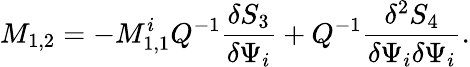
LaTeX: M_{1,2}=-M_{1,1}^{i}Q^{-1}\frac{\delta S_{3}}{\delta\Psi_{i}}+Q^{-1}\frac{\delta^{2}S_{4}}{\delta\Psi_{i}\delta\Psi_{i}}.